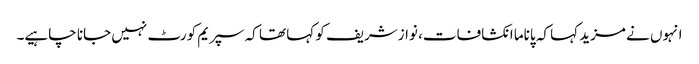
انہوں نے مزید کہا کہ پاناما انکشافات، نوازشریف کو کہا تھا کہ سپریم کورٹ نہیں جانا چاہیے۔